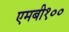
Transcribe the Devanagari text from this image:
एमबी१००